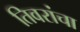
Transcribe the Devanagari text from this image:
तिवरांचा